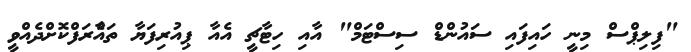
"ފިލިޕްސް މިނީ ހައިފައި ސައުންޑް ސިސްޓަމް" އާއި ހިޓާޗީ އެއާ ޕިއުރިފަޔާ ތައާެރަފްކޮށްދެއްވީ